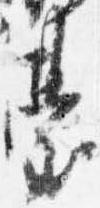
台